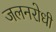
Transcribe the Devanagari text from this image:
जलनरोधी